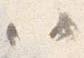
ハ